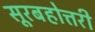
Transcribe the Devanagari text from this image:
सूरबहोत्तरी